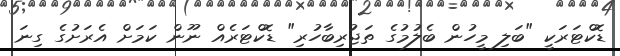
ޑޮކްޓަރަކީ "ބަލި މީހުން ބެލުމުގެ ތަޖުރިބާހުރި" ޑޮކްޓަރެއްް ނޫން ކަމަށް އެރަށުގެ ގިނަ